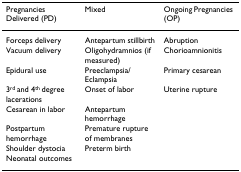
<table><thead><tr><td><b>Pregnancies Delivered (PD)</b></td><td><b>Mixed</b></td><td><b>Ongoing Pregnancies (OP)</b></td></tr></thead><tbody><tr><td>Forceps delivery</td><td>Antepartum stillbirth</td><td>Abruption</td></tr><tr><td>Vacuum delivery</td><td>Oligohydramnios (if measured)</td><td>Chorioamnionitis</td></tr><tr><td>Epidural use</td><td>Preeclampsia/Eclampsia</td><td>Primary cesarean</td></tr><tr><td>3<sup>rd </sup>and 4<sup>th </sup>degree lacerations</td><td>Onset of labor</td><td>Uterine rupture</td></tr><tr><td>Cesarean in labor</td><td>Antepartum hemorrhage</td><td></td></tr><tr><td>Postpartum hemorrhage</td><td>Premature rupture of membranes</td><td></td></tr><tr><td>Shoulder dystocia</td><td>Preterm birth</td><td></td></tr><tr><td>Neonatal outcomes</td><td></td><td></td></tr></tbody></table>